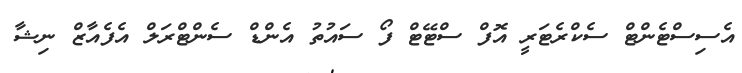
އެސިސްޓެންޓް ސެކްރެޓަރީ އޮފް ސްޓޭޓް ފޯ ސައުތު އެންޑް ސެންޓްރަލް އެފެއާޒް ނިޝާ